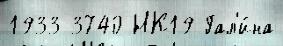
1933 3740 НК19 Гал'и́на